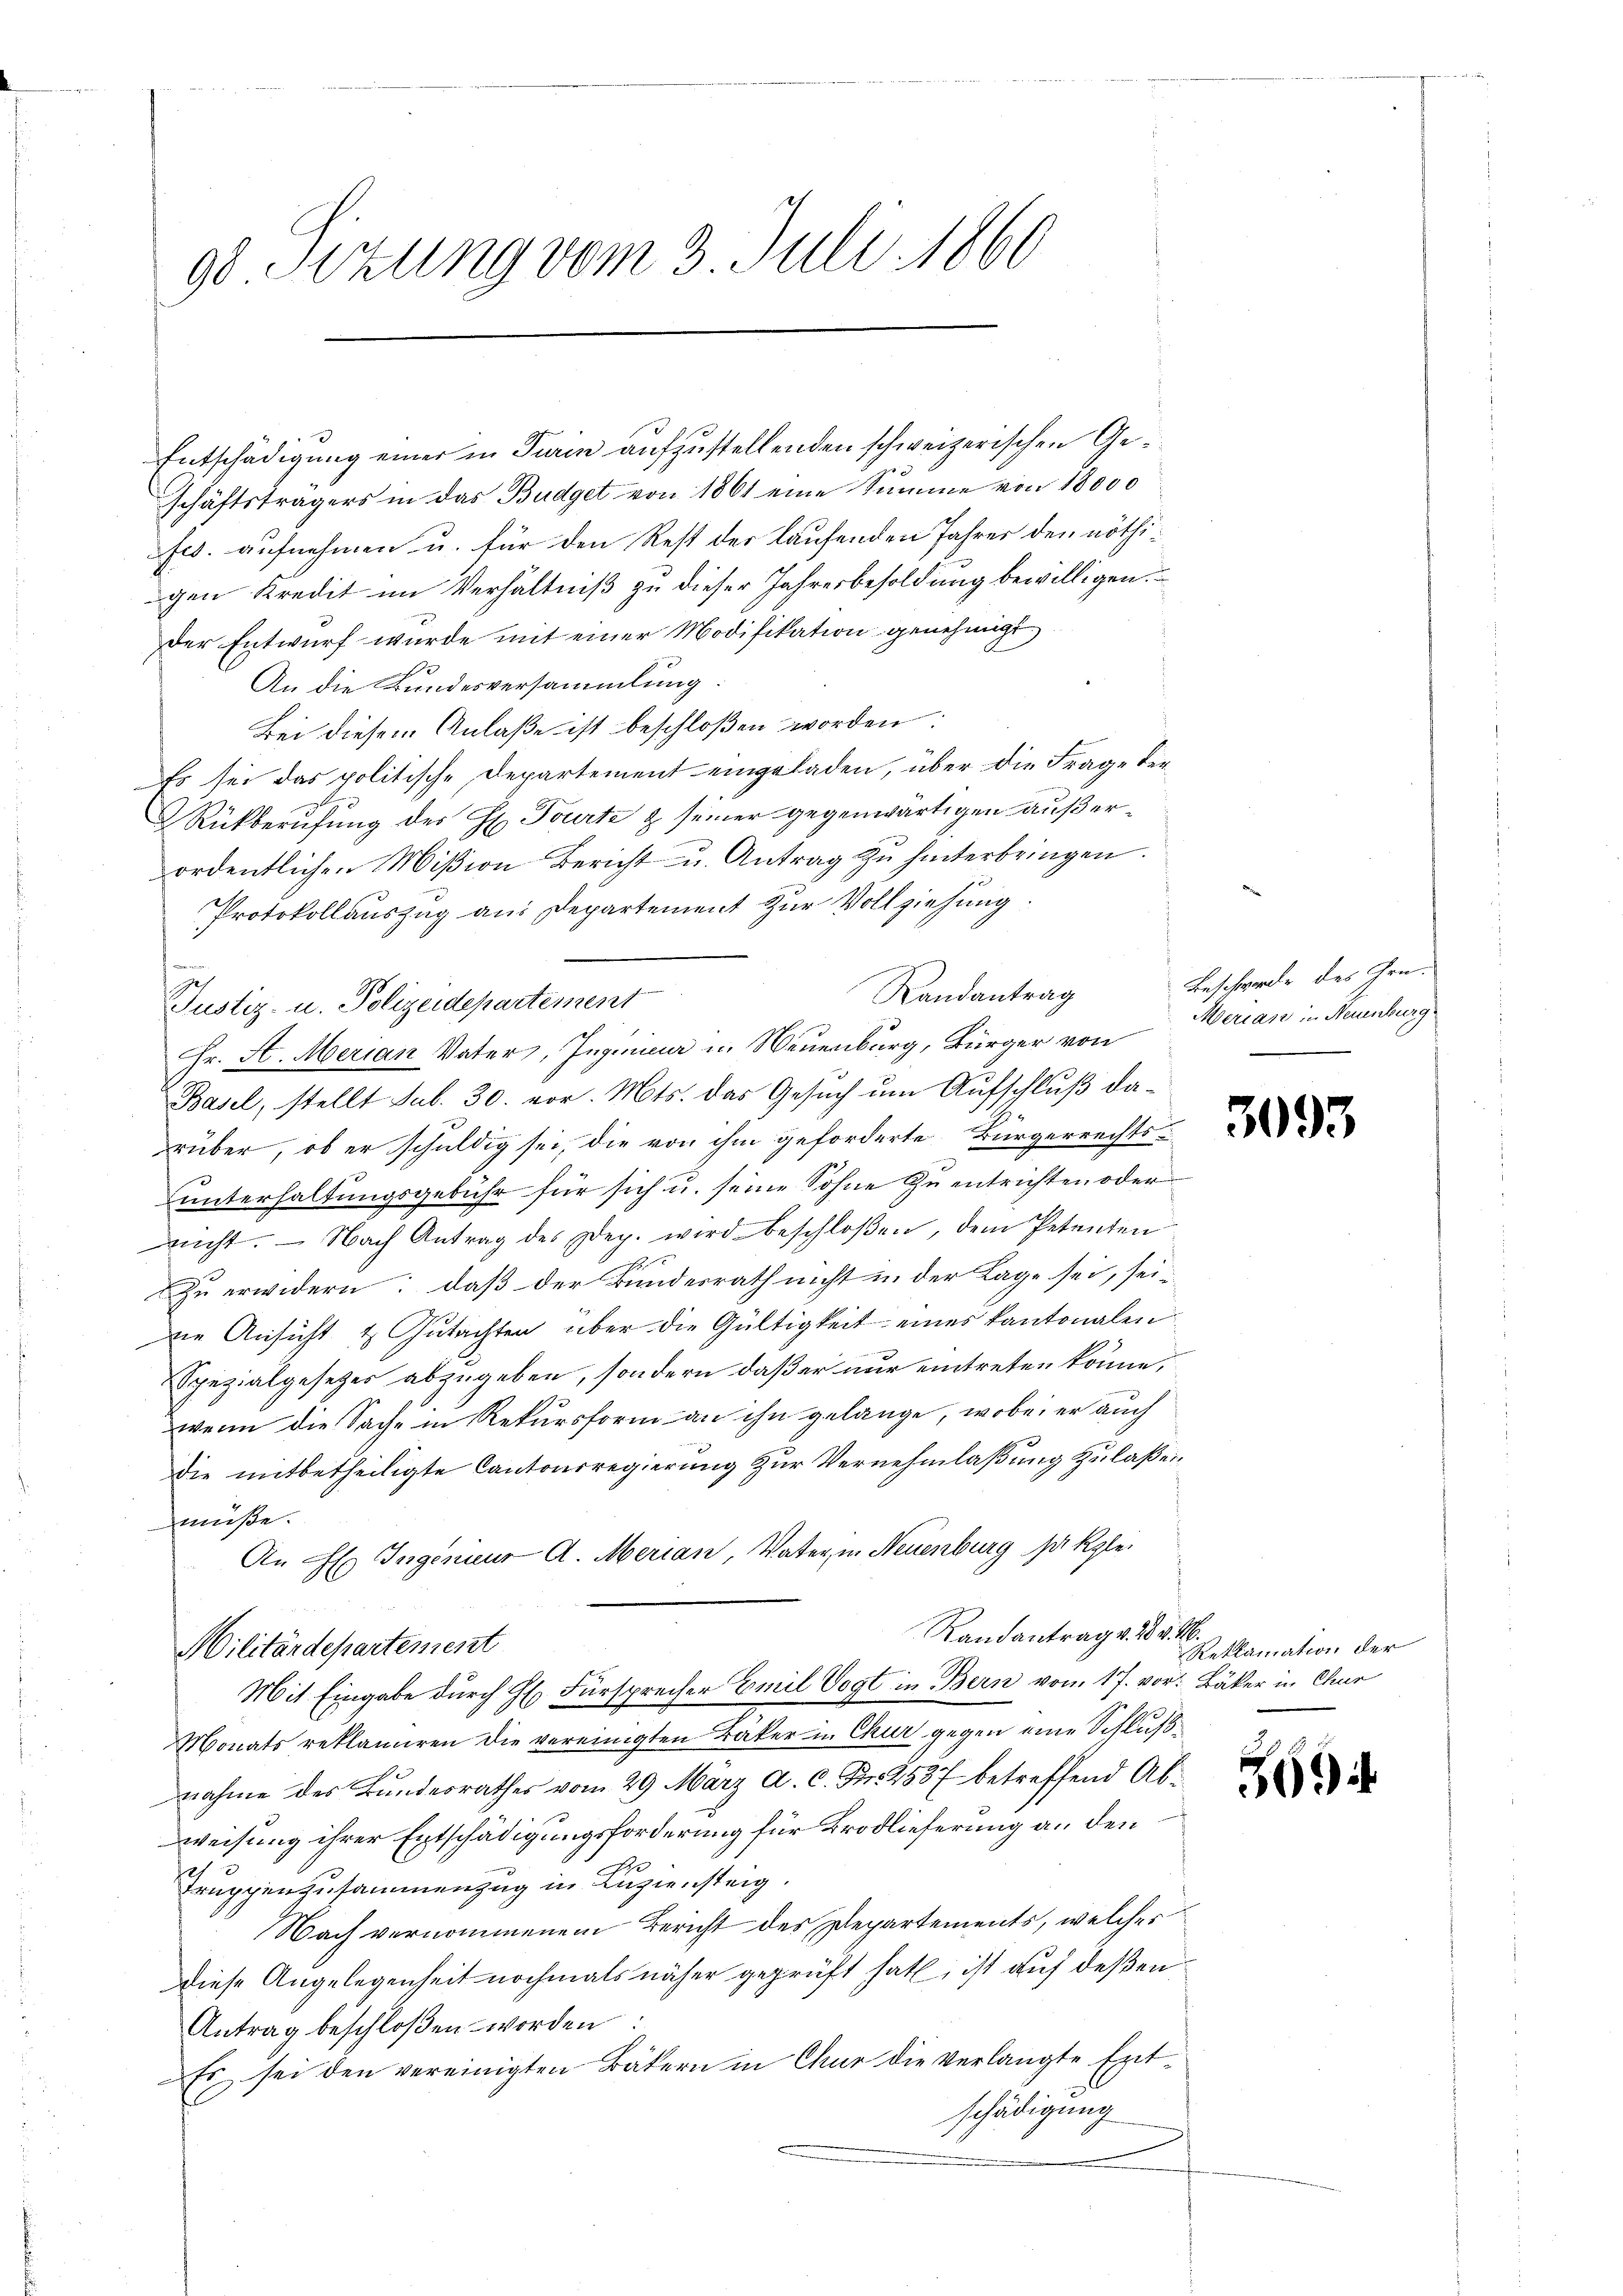
Entschädigung einer in Turin aufzustellenden schweizerischen Geschäftsträgers in das Budget von 1861 eine Summe von 18000
fes. aufnehmen u. für den Rest der laufenden Jahres den nöthigen Kredit im Verhältniß zu dieser Jahresbesoldung bewilligen.
der Entwurf wurde mit einer Modifikation genehmigt.
An die Bundesversammlung:
Bei diesem Anlaße ist beschloßen worden:
Es sei das politische Departement eingeladen, über die Frage der¬
Rückberufung des H. Tourte & seiner gegenwärtigen außerordentlichen Mißion Bericht u. Antrag zu hinterbringen.
Protokollauszug an Departement zur Vollziehung
Randantrag
Justiz- u. Polizeidepartement
Hr. A. Merian Vater, Ingenia u. Neuenburg, Bürger von
Basel, stellt sub. 30. vor. Mts. das Gesuch um Aufschluß darüber, ob er schuldig sei, die von ihm geforderte Bürgerrechts¬
2
unterhaltungsgebühr für sich u. seine Sohne zu entrichten oder
nicht. Nach Antrag des Dep. wird beschloßen, dem Petenten
1
Zu erwidern: daß der Bundesrath nicht in der Lage sei, sei¬
Die Ansicht & Gutachten über die Gültigkeit eines kantonalen
Spezialgesetzer abzugeben, sondern daß er nur eintreten könne,
wenn die Sache in Rekursform an ihn gelange, wobei er auch
die mitbetheiligte Cantonsregierung zur Vernehmlaßung zulaßen
müße.
An F. Ingenieur A. Merian, Vater in Neuenburg so klei
Randantrag v. 28. v. M.
Militärdepartement
Mit Eingabe durch Hr. Fürsprecher Emil Vogt in Bern vom 17. vor: Bäker in Chur
Monats reklamiren die vereinigten Bäker u. Chur gegen eine Schlußnahme des Bundesrathes vom 29. März a. c. Fr. 2537 betreffend Abweisung ihrer Entschädigungsforderung für Brodlieferung an den
Truppenzusammenzug in Luziensteig.
Nach vernommenem Bericht des Departements, welcher
diese Angelegenheit nochmals näher geprüft hat, ist auf deßen
Antrag beschloßen worden
Es sei den vereinigten Bäkern in Chur die verlangte Entschädigung

90 Sizung vom 3. Juli 1860

Beschwerde des Hrn.
Merian in Neuenburg.

3093

Reklamation der

369.